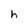
Character: h